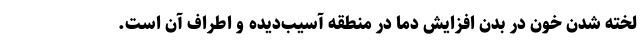
لخته شدن خون در بدن افزایش دما در منطقه آسیب‌دیده و اطراف آن است.